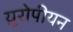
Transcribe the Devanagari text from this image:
य़ुरोपीयन